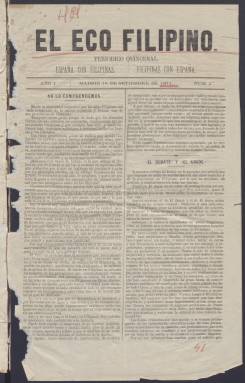
Título: El Eco filipino
Colección: Periódicos
Ámbito geográfico: Madrid
Lugar de publicación: Madrid
Fechas: 18/09/1871-08/04/1872